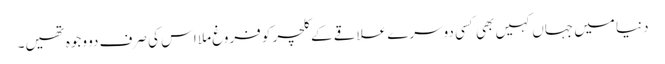
دنیا میں جہاں کہیں بھی کسی دوسرے علاقے کے کلچر کو فروغ ملا اس کی صرف دو وجوہ تھیں۔